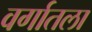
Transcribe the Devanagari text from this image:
वर्गातला